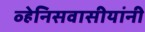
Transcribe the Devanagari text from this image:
व्हेनिसवासीयांनी